Civil Veterinary Department. United Provinces 1923-31 - 1923-1931
Year: 1923
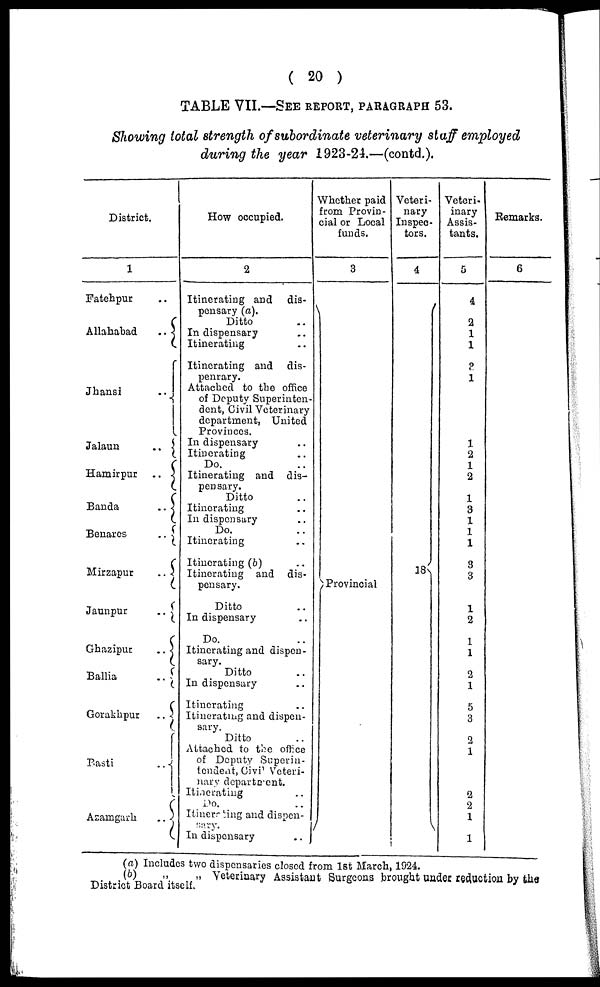
( 20 )
TABLE VII.—SEE REPORT, PARAGRAPH 53.
Showing total strength of subordinate veterinary staff employed
during the year 1923-24.—(contd.).
District.
1
Fatehpur ..
Allahabad
..
Jhansi ..
Jalann
..
Hamirpur
..
Banda
..
Benares
..
Mirzapur
..
Jaunpur
..
Ghazipur
..
Ballia
..
Gorakhpur
..
Basti
..
Azamgarh
..
How occupied.
2
Itinerating and dis-
pensary (a).
Ditto ..
In dispensary ..
Itinerating ..
Itinerating and dis-
penrary.
Attached to the office
of Deputy Superinten-
dent, Civil Veterinary
department, United
Provinces.
In dispensary ..
Itinerating ..
Do. ..
Itinerating and dis-
pensary.
Ditto ..
Itinerating ..
In dispensary ..
Do. ..
Itinerating ..
Itinerating (b) ..
Itinerating and dis-
pensary.
Ditto ..
In dispensary ..
Do. ..
Itinerating and dispen-
sary.
Ditto ..
In dispensary ..
Itinerating ..
Itinerating and dispen-
sary.
Ditto ..
Attached to the office
of Deputy Superin-
tendent, Civil Veteri-
nary department.
Itinerating ..
Do. ..
Itinerating and dispen-
sary.
In dispensary ..
Whether paid
from Provin-
cial or Local
funds.
3
Provincial
Veteri-
nary
Inspec-
tors.
4
18
Veteri-
inary
Assis-
tants.
5
4
2
1
1
3
1
1
2
1
2
1
3
1
1
1
3
3
1
2
1
1
2
1
5
3
2
1
2
2
1
1
Remarks.
6
(a) Includes two dispensaries closed from 1st March, 1924.
(b)
„
„
Veterinary Assistant Surgeons brought under reduction by the
District Board itself.